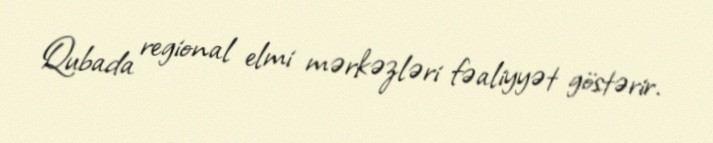
Qubada regional elmi mərkəzləri fəaliyyət göstərir.